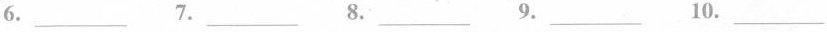
6.___ 7.___ 8.___ 9.___ 10.___